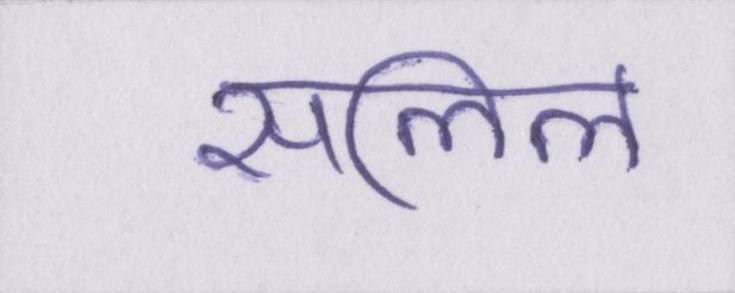
सलिल